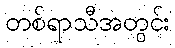
တစ်ရာသီအတွင်း